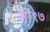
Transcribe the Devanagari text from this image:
सी१७